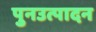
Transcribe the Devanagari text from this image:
पुनउत्पादन